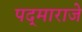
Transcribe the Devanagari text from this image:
पद्‌माराजे